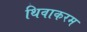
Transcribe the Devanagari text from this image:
थिवाकरम